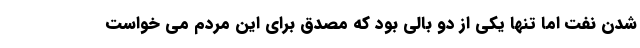
شدن نفت اما تنها یکی از دو بالی بود که مصدق برای این مردم می خواست